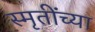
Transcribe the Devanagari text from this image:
स्मृतींच्या